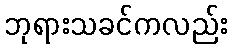
ဘုရားသခင်ကလည်း